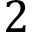
2